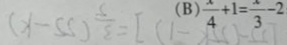
( B ) \frac { x } { 4 } = 1 = \frac { x } { 3 } - 2